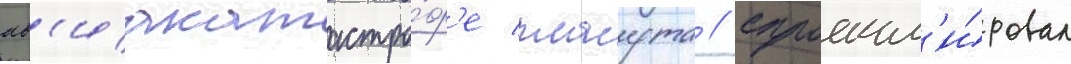
ав'иакатастро́ф'е плаута / спроект'и́ровал